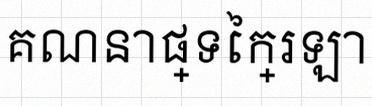
គណនាផ្ទៃក្រឡា